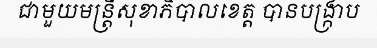
ជាមួយមន្ត្រីសុខាភិបាលខេត្ត បានបង្ក្រាប